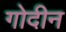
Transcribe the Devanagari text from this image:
गोदीन